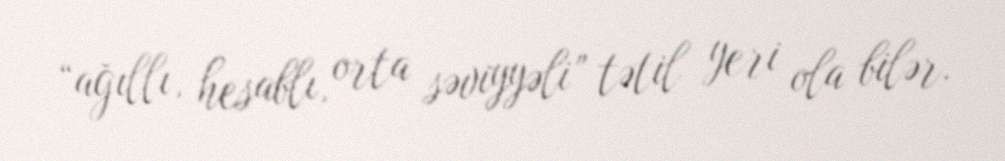
“ağıllı, hesablı, orta səviyyəli” tətil yeri ola bilər.